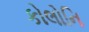
કોલોનિ